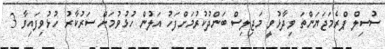
ސުސިލް ޕްރެމަޖަޔަންތަ ވިދާޅުވީ މަޖިލިސް ބަންދުކުރުމަށްފަހު އަލުން ހުޅުވުމަށް ސަރުކާރު ހުޅުވިފައިވާ 3